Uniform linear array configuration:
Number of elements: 64
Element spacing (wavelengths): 0.25
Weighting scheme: cosine
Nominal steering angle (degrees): -15
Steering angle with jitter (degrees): -15.963
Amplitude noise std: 0.05
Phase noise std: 0.05

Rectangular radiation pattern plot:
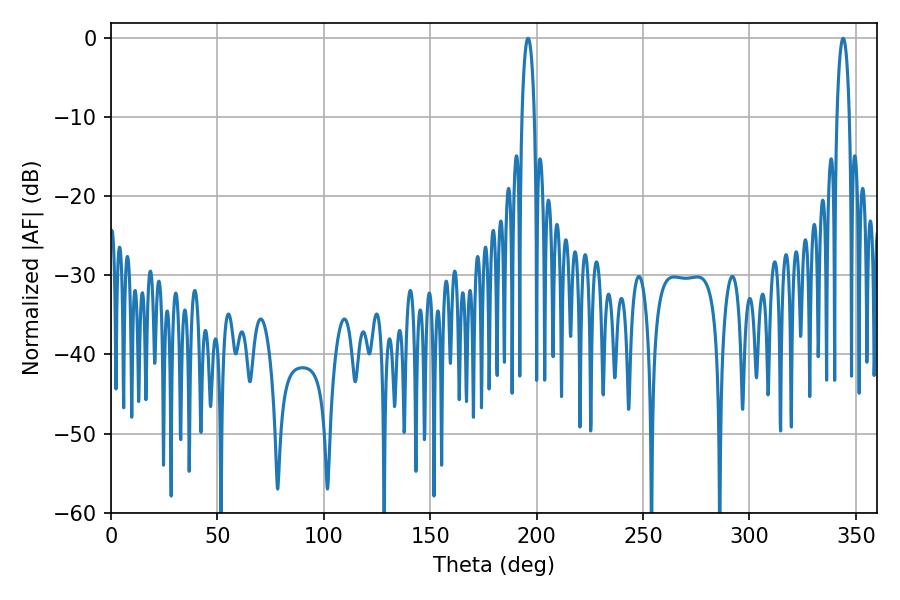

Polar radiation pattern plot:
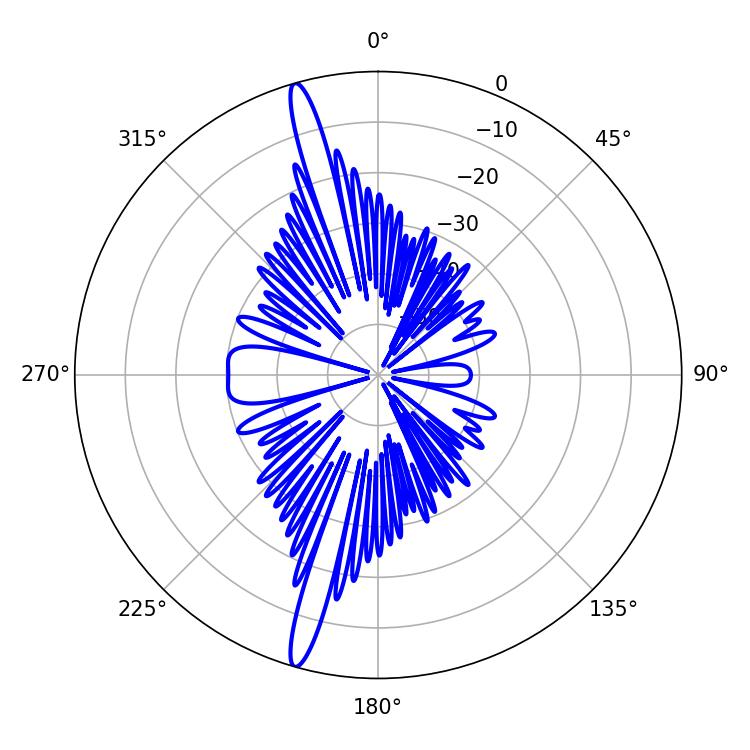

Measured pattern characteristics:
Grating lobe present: FALSE
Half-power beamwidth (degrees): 3.24
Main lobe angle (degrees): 196.02